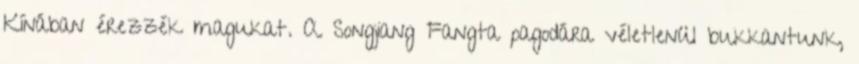
Kínában érezzék magukat. A Songjiang Fangta pagodára véletlenül bukkantunk,